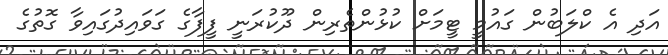
އަދި އެ ކްލަބުން ގައުމީ ޓީމަށް ކުޅުންތެރިން ދޫކުރަނީ ފީފާގެ ގަވައިދުގައިވާ ގޮތުގެ